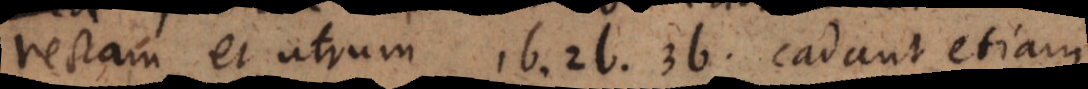
rectam, et utrum 1b, 2b, 3b cadant etiam